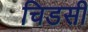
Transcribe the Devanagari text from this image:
चिडसी